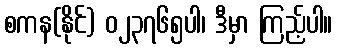
စကန(နိုင်) ၀၂၃၇၆၅ပါ၊ ဒီမှာ ကြည့်ပါ။